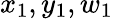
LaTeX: x_{1},y_{1},w_{1}